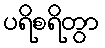
ပရိစရိတွာ